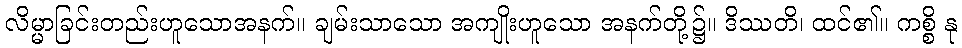
လိမ္မာခြင်းတည်းဟူသောအနက်။ ချမ်းသာသော အကျိုးဟူသော အနက်တို့၌။ ဒိဿတိ၊ ထင်၏။ ကစ္စိ နု